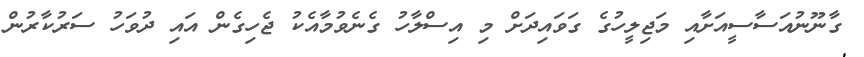
ގާނޫނުއަސާސީއަށާއި މަޖިލީހުގެ ގަވައިދަށް މި އިސްލާހު ގެނެވުމާއެކު ޖެހިގެން އައި ދުވަހު ސަރުކާރުން